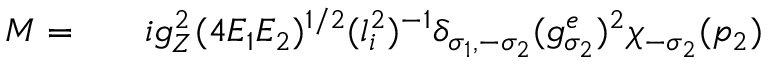
\begin{array} { r l r } { { \cal M } = } & { { } } & { i g _ { Z } ^ { 2 } ( 4 E _ { 1 } E _ { 2 } ) ^ { 1 / 2 } ( l _ { i } ^ { 2 } ) ^ { - 1 } \delta _ { \sigma _ { 1 } , - \sigma _ { 2 } } ( g _ { \sigma _ { 2 } } ^ { e } ) ^ { 2 } \chi _ { - \sigma _ { 2 } } ( p _ { 2 } ) } \end{array}